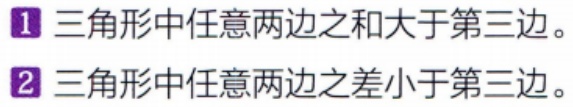
1. 三角形中任意两边之和大于第三边。
2. 三角形中任意两边之差小于第三边。